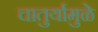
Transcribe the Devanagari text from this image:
चातुर्यामुळे